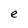
Character: e